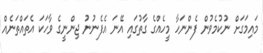
މައިމަގަށް ނުކުމެވުން ފެންނަހާ މީހެއްގެ ގާތުގައި އޭނަ އެފެނުނު ޖިންނީގެ ވާހަކަ އެތައްތަނެއް